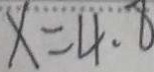
x = 4 . 8